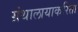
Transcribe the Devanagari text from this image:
ग्रंथालायाकरिता